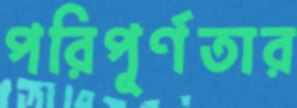
পরিপূর্ণতার